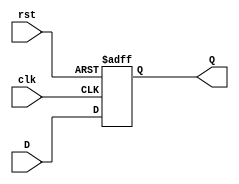
module DFF (D,clk,rst,Q);

input D,clk,rst;
output reg Q;

always @(posedge clk or posedge rst)
if(rst==1)
	Q<=0;
	
else
	Q<=D;
	
endmodule